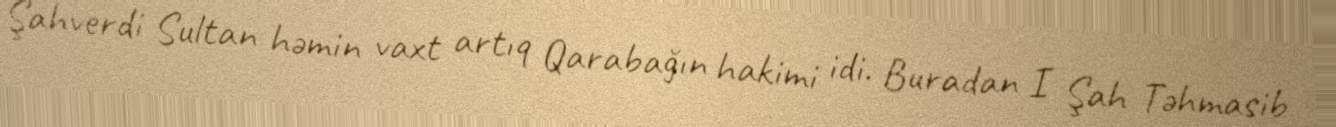
Şahverdi Sultan həmin vaxt artıq Qarabağın hakimi idi. Buradan I Şah Təhmasib